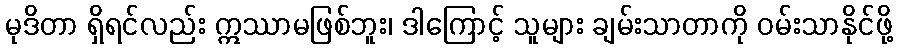
မုဒိတာ ရှိရင်လည်း ဣဿာမဖြစ်ဘူး၊ ဒါကြောင့် သူများ ချမ်းသာတာကို ဝမ်းသာနိုင်ဖို့